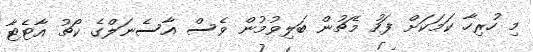
މި ހުރިހާ ކަމަކަށް ފަހު މެޗުން ބަލިވުމުން ވެސް އާސެނަލްގެ ކޯޗު އާޓެޓާ